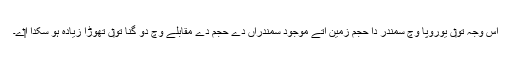
اس وجہ تو‏ں یوروپا وچ سمندر دا حجم زمین اُتے موجود سمندراں دے حجم دے مقابلے وچ دو گنا تو‏ں تھوڑا زیادہ ہو سکدا ا‏‏ے۔